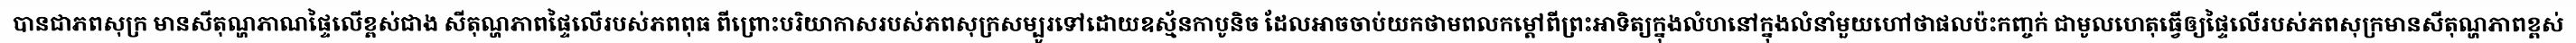
បានជាភពសុក្រ មានសីតុណ្ហភាណផ្ទៃលើខ្ពស់ជាង សីតុណ្ហភាពផ្ទៃលើរបស់ភពពុធ ពីព្រោះបរិយាកាសរបស់ភពសុក្រសម្បូរទៅដោយឧស្ម័នកាបូនិច ដែលអាចចាប់យកថាមពលកម្តៅពីព្រះអាទិត្យក្នុងលំហនៅក្នុងលំនាំមួយហៅថាផលប៉ះកញ្ចក់ ជាមូលហេតុធ្វើឲ្យផ្ទៃលើរបស់ភពសុក្រមានសីតុណ្ហភាពខ្ពស់